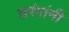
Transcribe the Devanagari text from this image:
तरंगांनी